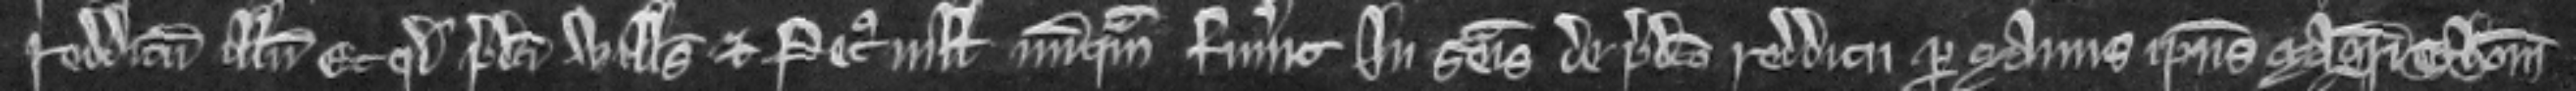
redditum illum. Et quod predicti Willelmus et Petronilla nunquam fuerunt in seisina de predicto redditu per manus ipsius Magistri Thome